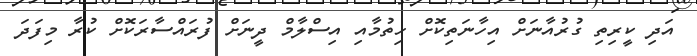
އަދި ކީރިތި ގުރުއާނަށް އިހާނަތިކޮށް ހިތުމާއި އިސްލާމް ދީނަށް ފުރައްސާރަކޮށް ކުރާ މިފަދަ